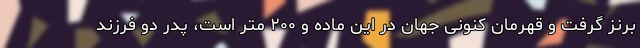
برنز گرفت و قهرمان کنونی جهان در این ماده و ۲۰۰ متر است، پدر دو فرزند